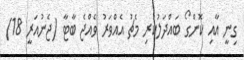
ގިނީ އާއި ކޮންގޯ ބައްދަލުކުރި މެޗު އެއްވަރު ވެއްޖެ ބާޓާ (ޖެނުއަރީ 18)